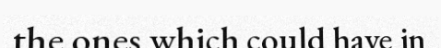
the ones which could have in